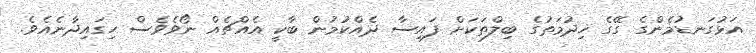
އަޅުގަނޑުމެންގެ ގޭގެ ޚިދުމަތުގެ ބިލްތަކަށް ފައިސާ ދެއްކުމުން ބާކީ އެއްޗެއް ނޯވެވެސް ހިގައިދާނެއެވެ.